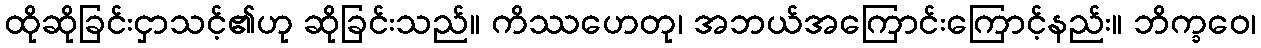
ထိုဆိုခြင်းငှာသင့်၏ဟု ဆိုခြင်းသည်။ ကိဿဟေတု၊ အဘယ်အကြောင်းကြောင့်နည်း။ ဘိက္ခဝေ၊